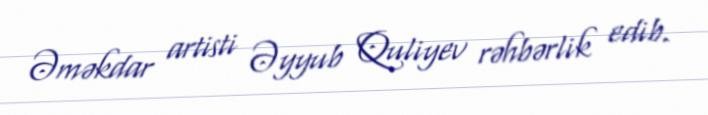
Əməkdar artisti Əyyub Quliyev rəhbərlik edib.